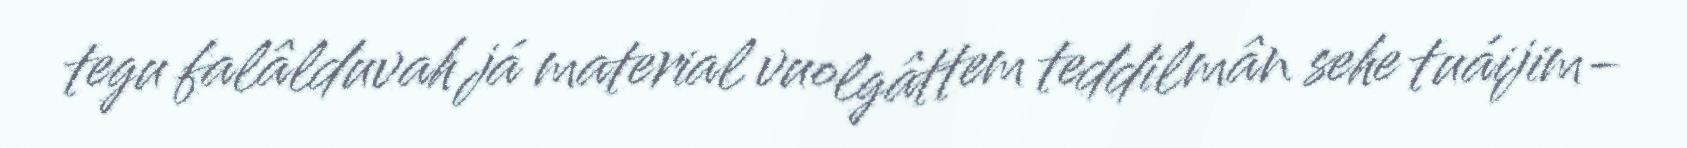
tegu falâlduvah já material vuolgâttem teddilmân sehe tuáijim-